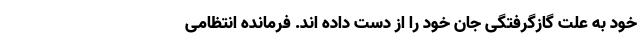
خود به علت گازگرفتگی جان خود را از دست داده اند. فرمانده انتظامی